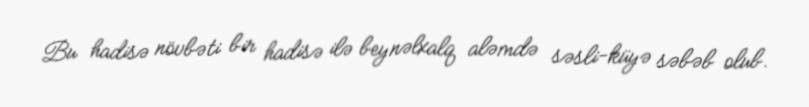
Bu hadisə növbəti bir hadisə ilə beynəlxalq aləmdə səsli-küyə səbəb olub.